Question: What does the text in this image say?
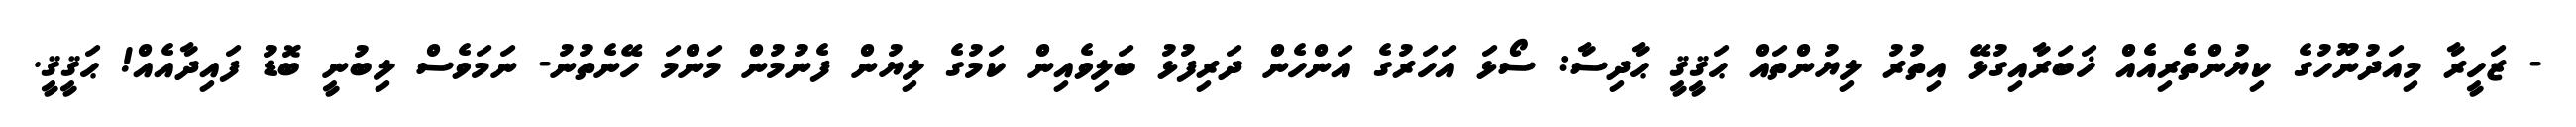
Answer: - ޒަހީރާ މިއަދުނޫހުގެ ކިޔުންތެރިއެއް ޚަބަރާއިގުޅޭ އިތުރު ލިޔުންތައް ޙަޤީޤީ ޙާދިސާ: ސޯޅަ އަހަރުގެ އަންހެން ދަރިފުޅު ބަލިވެއިން ކަމުގެ ލިޔުން ފެނުމުން މަންމަ ހޭނެތުނު- ނަމަވެސް ލިބުނީ ބޮޑު ފައިދާއެއް! ޙަޤީޤީ.